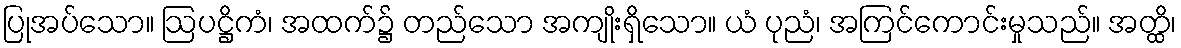
ပြုအပ်သော။ ဩပဋ္ဌိကံ၊ အထက်၌ တည်သော အကျိုးရှိသော။ ယံ ပုညံ၊ အကြင်ကောင်းမှုသည်။ အတ္ထိ၊